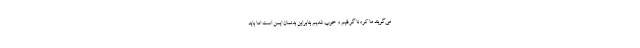
می‌گویند ما کرونا گرفتیم و خوب شدیم بنابراین بدنمان ایمن است اما باید